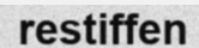
restiffen